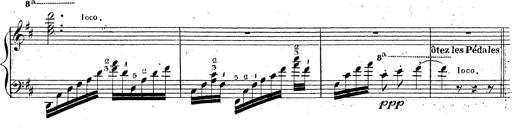
Title: Grande fantaisie sur la tyrolienne de l'opÃ©ra
Composer: Franz Liszt
Key: A major